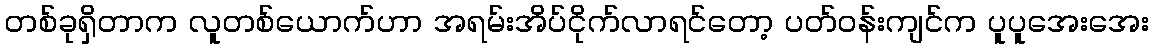
တစ်ခုရှိတာက လူတစ်ယောက်ဟာ အရမ်းအိပ်ငိုက်လာရင်တော့ ပတ်ဝန်းကျင်က ပူပူအေးအေး